King Institute of Preventive Medicine Micro-Biological Section reports 1912-19
Year: 1912
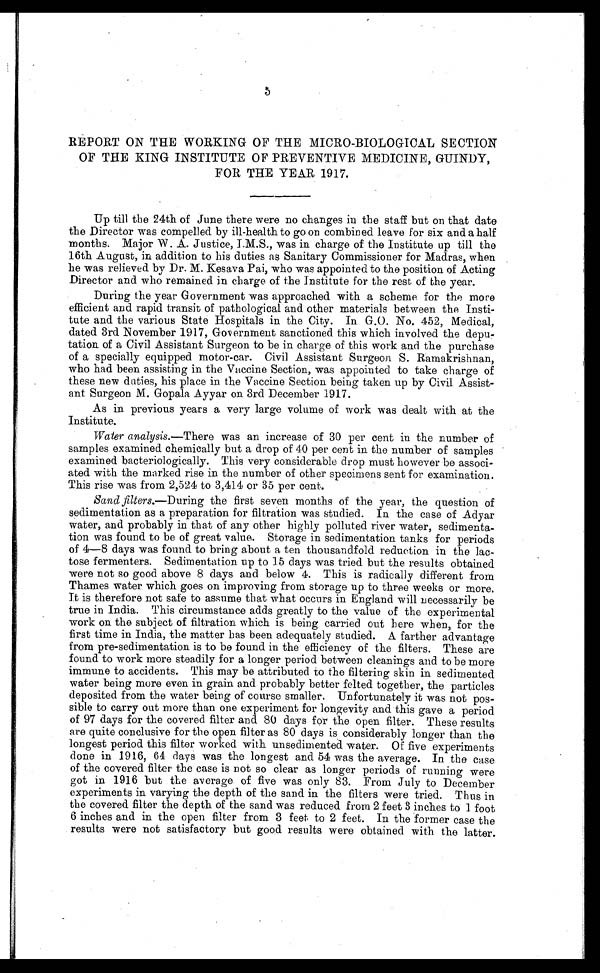
REPORT ON THE WORKING OF THE MICRO-BIOLOGICAL SECTION
OF THE KING INSTITUTE OF PREVENTIVE MEDICINE, GUINDY,
FOR THE YEAR 1917.
Up till the 24th of June there were no changes in the staff but on that date
the Director was compelled by ill-health to go on combined leave for six and a half
months. Major W. A. Justice, I.M.S., was in charge of the Institute up till the
16th August, in addition to his duties as Sanitary Commissioner for Madras, when
he was relieved by Dr. M. Kesava Pai, who was appointed to the position of Acting
Director and who remained in charge of the Institute for the rest of the year.
During the year Government was approached with a scheme for the more
efficient and rapid transit of pathological and other materials between the Insti
-tute and the various State Hospitals in the City. In G.O. No. 452, Medical,
dated 3rd November 1917, Government sanctioned this which involved the depu
-tation of a Civil Assistant Surgeon to be in charge of this work and the purchase
of a specially equipped motor-car. Civil Assistant Surgeon S. Ramakrishnan,
who had been assisting in the Vaccine Section, was appointed to take charge of
these new duties, his place in the Vaccine Section being taken up by Civil Assist
-ant Surgeon M. Gopala Ayyar on 3rd December 1917.
As in previous years a very large volume of work was dealt with at the
Institute.
Water analysis. —There was an increase of 30 per cent in the number of
samples examined chemically but a drop of 40 per cent in the number of samples
examined bacteriologically. This very considerable drop must however be associ
-ated with the marked rise in the number of other specimens sent for examination.
This rise was from 2,524 to 3,414 or 35 per cent.
Sand filters.—During the first seven months of the year, the question of
sedimentation as a preparation for filtration was studied. In the case of Adyar
water, and probably in that of any other highly polluted river water, sedimenta
-tion was found to be of great value. Storage in sedimentation tanks for periods
of 4—8 days was found to bring about a ten thousandfold reduction in the lac
-tose fermenters. Sedimentation up to 15 days was tried but the results obtained
were not so good above 8 days and below 4. This is radically different from
Thames water which goes on improving from storage up to three weeks or more.
It is therefore not safe to assume that what occurs in England will necessarily be
true in India. This circumstance adds greatly to the value of the experimental
work on the subject of filtration which is being carried out here when, for the
first time in India, the matter has been adequately studied. A farther advantage
from pre-sedimentation is to be found in the efficiency of the filters. These are
found to work more steadily for a longer period between cleanings and to be more
immune to accidents. This may be attributed to the filtering skin in sedimented
water being more even in grain and probably better felted together, the particles
deposited from the water being of course smaller. Unfortunately it was not pos
-sible to carry out more than one experiment for longevity and this gave a period
of 97 days for the covered filter and 80 days for the open filter. These results
are quite conclusive for the open filter as 80 days is considerably longer than the
longest period this filter worked with unsedimented water. Of five experiments
done in 1916, 64 days was the longest and 54 was the average. In the case
of the covered filter the case is not so clear as longer periods of running were
got in 1916 but the average of five was only 83. From July to December
experiments in varying the depth of the sand in the filters were tried. Thus in
the covered filter the depth of the sand was reduced from 2 feet 3 inches to 1 foot
6 inches and in the open filter from 3 feet to 2 feet. In the former case the
results were not satisfactory but good results were obtained with the latter.